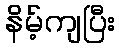
နိမ့်ကျပြီး